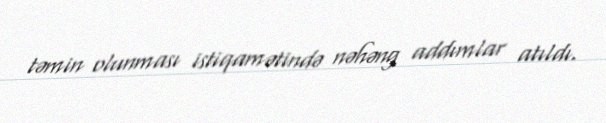
təmin olunması istiqamətində nəhəng addımlar atıldı.